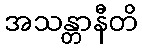
အသန္တာနီတိ